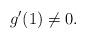
LaTeX: \begin{align*}g'(1)\not =0.\end{align*}